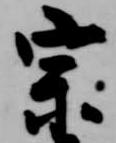
宗